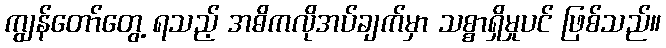
ကျွန်တော်တွေ့ ရသည့် အဓိကလိုအပ်ချက်မှာ သစ္စာရှိမှုပင် ဖြစ်သည်။